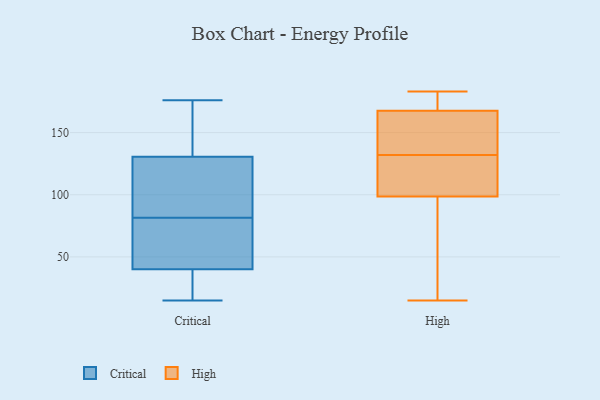
{"axis": {"x": "Shipments", "y": "Value"}, "legend": ["Critical", "High"], "data": [{"x": "", "y": 93, "type": "Critical"}, {"x": "", "y": 39, "type": "Critical"}, {"x": "", "y": 128, "type": "Critical"}, {"x": "", "y": 41, "type": "Critical"}, {"x": "", "y": 176, "type": "Critical"}, {"x": "", "y": 133, "type": "Critical"}, {"x": "", "y": 15, "type": "Critical"}, {"x": "", "y": 159, "type": "Critical"}, {"x": "", "y": 65, "type": "Critical"}, {"x": "", "y": 110, "type": "Critical"}, {"x": "", "y": 33, "type": "Critical"}, {"x": "", "y": 70, "type": "Critical"}, {"x": "", "y": 174, "type": "High"}, {"x": "", "y": 132, "type": "High"}, {"x": "", "y": 139, "type": "High"}, {"x": "", "y": 181, "type": "High"}, {"x": "", "y": 135, "type": "High"}, {"x": "", "y": 128, "type": "High"}, {"x": "", "y": 71, "type": "High"}, {"x": "", "y": 183, "type": "High"}, {"x": "", "y": 95, "type": "High"}, {"x": "", "y": 148, "type": "High"}, {"x": "", "y": 119, "type": "High"}, {"x": "", "y": 180, "type": "High"}, {"x": "", "y": 109, "type": "High"}, {"x": "", "y": 64, "type": "High"}, {"x": "", "y": 15, "type": "High"}]}